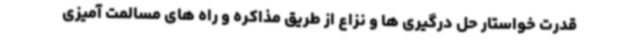
قدرت خواستار حل درگیری ها و نزاع از طریق مذاکره و راه های مسالمت آمیزی